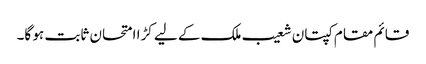
قائم مقام کپتان شعیب ملک کے لیے کڑا امتحان ثابت ہو گا۔